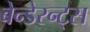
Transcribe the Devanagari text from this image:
बेन्डेरन्ट्स